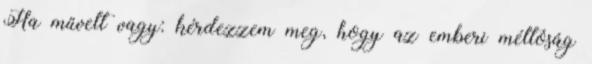
Ha művelt vagy: kérdezzem meg, hogy az emberi méltóság